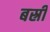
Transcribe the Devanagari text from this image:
बस्री